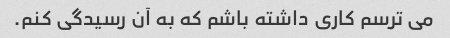
می ترسم کاری داشته باشم که به آن رسیدگی کنم.